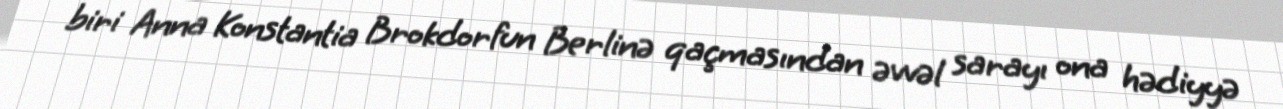
biri Anna Konstantia Brokdorfun Berlinə qaçmasından əvvəl sarayı ona hədiyyə